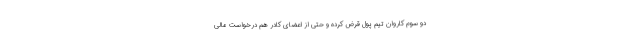
دو سوم کاروان تیم پول قرض کرده و حتی از اعضای کادر هم درخواست مالی